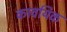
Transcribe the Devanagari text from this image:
कावयिक